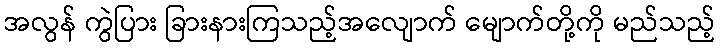
အလွန် ကွဲပြား ခြားနားကြသည့်အလျောက် မျောက်တို့ကို မည်သည့်